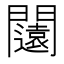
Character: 闧